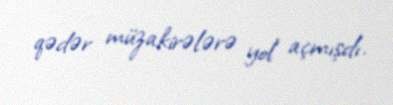
qədər müzakirələrə yol açmışdı.